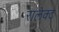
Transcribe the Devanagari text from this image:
रालेक्ट